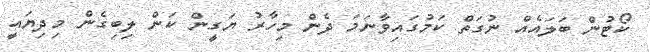
ކޯޓުން ބަލައެއް ނުގަތް ކަމުގައިވާނަމަ ދެން މިހާރު ޔަގީން ކަން ލިބިގެން މިދިޔައީ